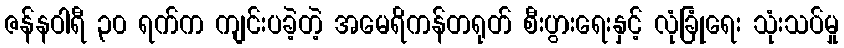
ဇန်နဝါရီ ၃၀ ရက်က ကျင်းပခဲ့တဲ့ အမေရိကန်တရုတ် စီးပွားရေးနှင့် လုံခြုံရေး သုံးသပ်မှု